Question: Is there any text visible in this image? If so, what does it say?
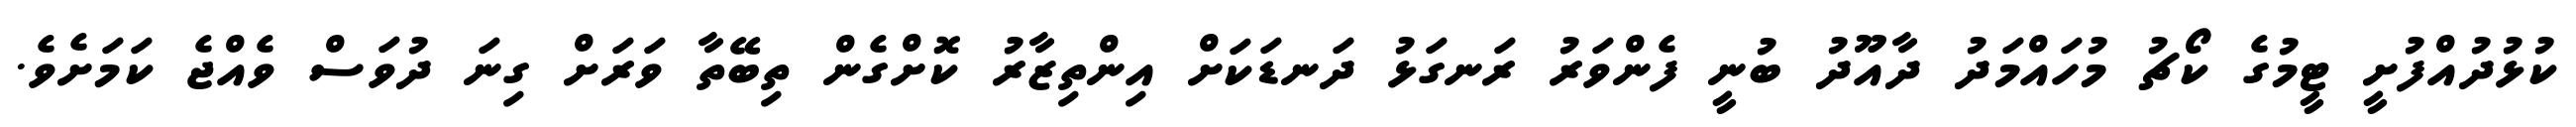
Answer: ކުޅުދުއްފުށީ ޓީމުގެ ކޯޗު މުހައްމަދު ދާއޫދު ބުނީ ފެންވަރު ރަނގަޅު ދަނޑަކަށް އިންތިޒާރު ކޮށްގެން ތިބޭތާ ވަރަށް ގިނަ ދުވަސް ވެއްޖެ ކަމަށެވެ.